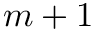
m + 1